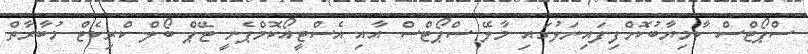
ސްޕޯޓްސް ކާމިޔާބުކޮށްފިފައިނަލުގައި މާލޭ ސްޕޯޓްސް އާއި އެސްޓީއޯކޮމްޕެނީ ޓޭޕް ބޯލް ކްރިކެޓް މުބާރާތް